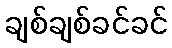
ချစ်ချစ်ခင်ခင်